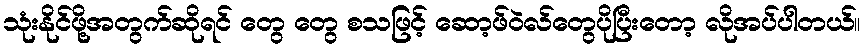
သုံးနိုင်ဖို့အတွက်ဆိုရင် တွေ တွေ စသဖြင့် ဆော့ဖ်ဝဲလ်တွေပိုပြီးတော့ လိုအပ်ပါတယ်။